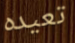
تعيده